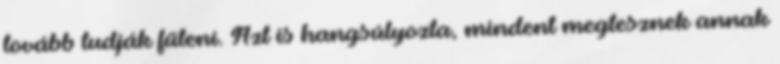
tovább tudják fűteni. Azt is hangsúlyozta, mindent megtesznek annak